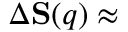
\Delta { \bf S } ( q ) \approx